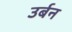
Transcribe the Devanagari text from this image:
उर्बन